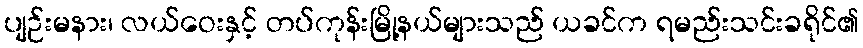
ပျဉ်းမနား၊ လယ်ဝေးနှင့် တပ်ကုန်းမြို့နယ်များသည် ယခင်က ရမည်းသင်းခရိုင်၏